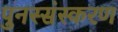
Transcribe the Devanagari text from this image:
पुनस्संस्करण